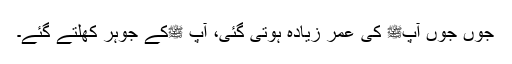
جوں جوں آپﷺ کی عمر زیادہ ہوتی گئی، آپ ﷺکے جوہر کھلتے گئے۔